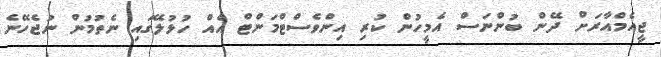
ޖީއެމްއާރަށް ދޭން ބުންނަސް އެމީހުން ކުރި އިންވެސްޓްމަންޓް އެއް ހުޅުލޭގައި ނެތުމުން ނުޖެހޭނެ